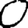
Digit: 0